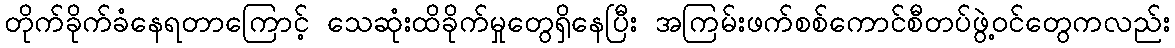
တိုက်ခိုက်ခံနေရတာကြောင့် သေဆုံးထိခိုက်မှုတွေရှိနေပြီး အကြမ်းဖက်စစ်ကောင်စီတပ်ဖွဲ့ဝင်တွေကလည်း